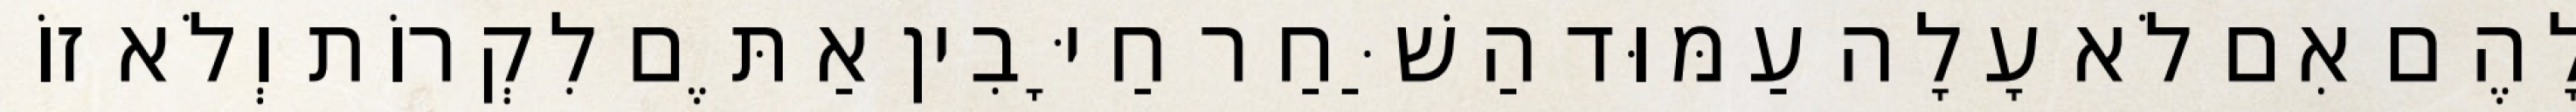
לָהֶם אִם לֹא עָלָה עַמּוּד הַשַּׁחַר חַיָּבִין אַתֶּם לִקְרוֹת וְלֹא זוֹ